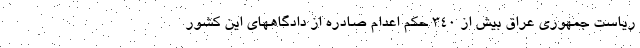
ریاست جمهوری عراق بیش از ۳۴۰ حکم اعدام صادره از دادگاههای این کشور